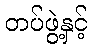
တပ်ဖွဲ့နှင့်